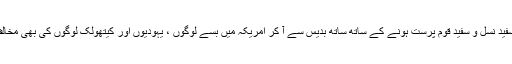
اب یہ سفید نسل و سفید قوم پرست ہونے کے ساتھ ساتھ بدیس سے آ کر امریکہ میں بسے لوگوں ، یہودیوں اور کیتھولک لوگوں کی بھی مخالف ہے ۔